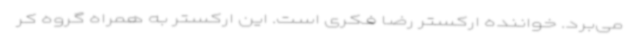
می‌برد. خواننده ارکستر رضا فکری است. این ارکستر به همراه گروه کر